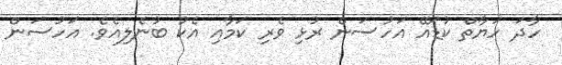
ހާދަ ހަޔާތް ކުޑައޭ އަހުސަން ރުޅި ވެރި ކަމާއި އެކު ބުނެލިއެވެ. އަހުސަން